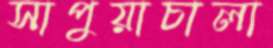
সাপুয়াচালা